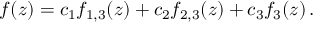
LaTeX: f ( z ) = c _ { 1 } f _ { 1 , 3 } ( z ) + c _ { 2 } f _ { 2 , 3 } ( z ) + c _ { 3 } f _ { 3 } ( z ) \, .